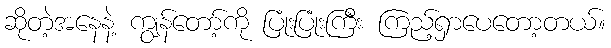
ဆိုတဲ့အနေနဲ့ ကျွန်တော့်ကို ပြုံးပြုံးကြီး ကြည့်ရှာပေတော့တယ်။